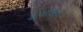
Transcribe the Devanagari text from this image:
दरयाफत